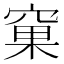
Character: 窠